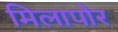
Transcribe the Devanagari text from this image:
मिलापोर